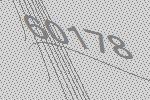
60178